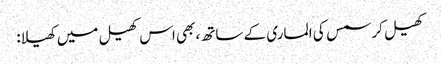
کھیل کرسمس کی الماری کے ساتھ، بھی اس کھیل میں کھیلا: